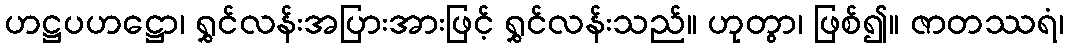
ဟဋ္ဌပဟဋ္ဌော၊ ရွှင်လန်းအပြားအားဖြင့် ရွှင်လန်းသည်။ ဟုတွာ၊ ဖြစ်၍။ ဇာတဿရံ၊